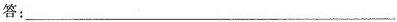
答：___